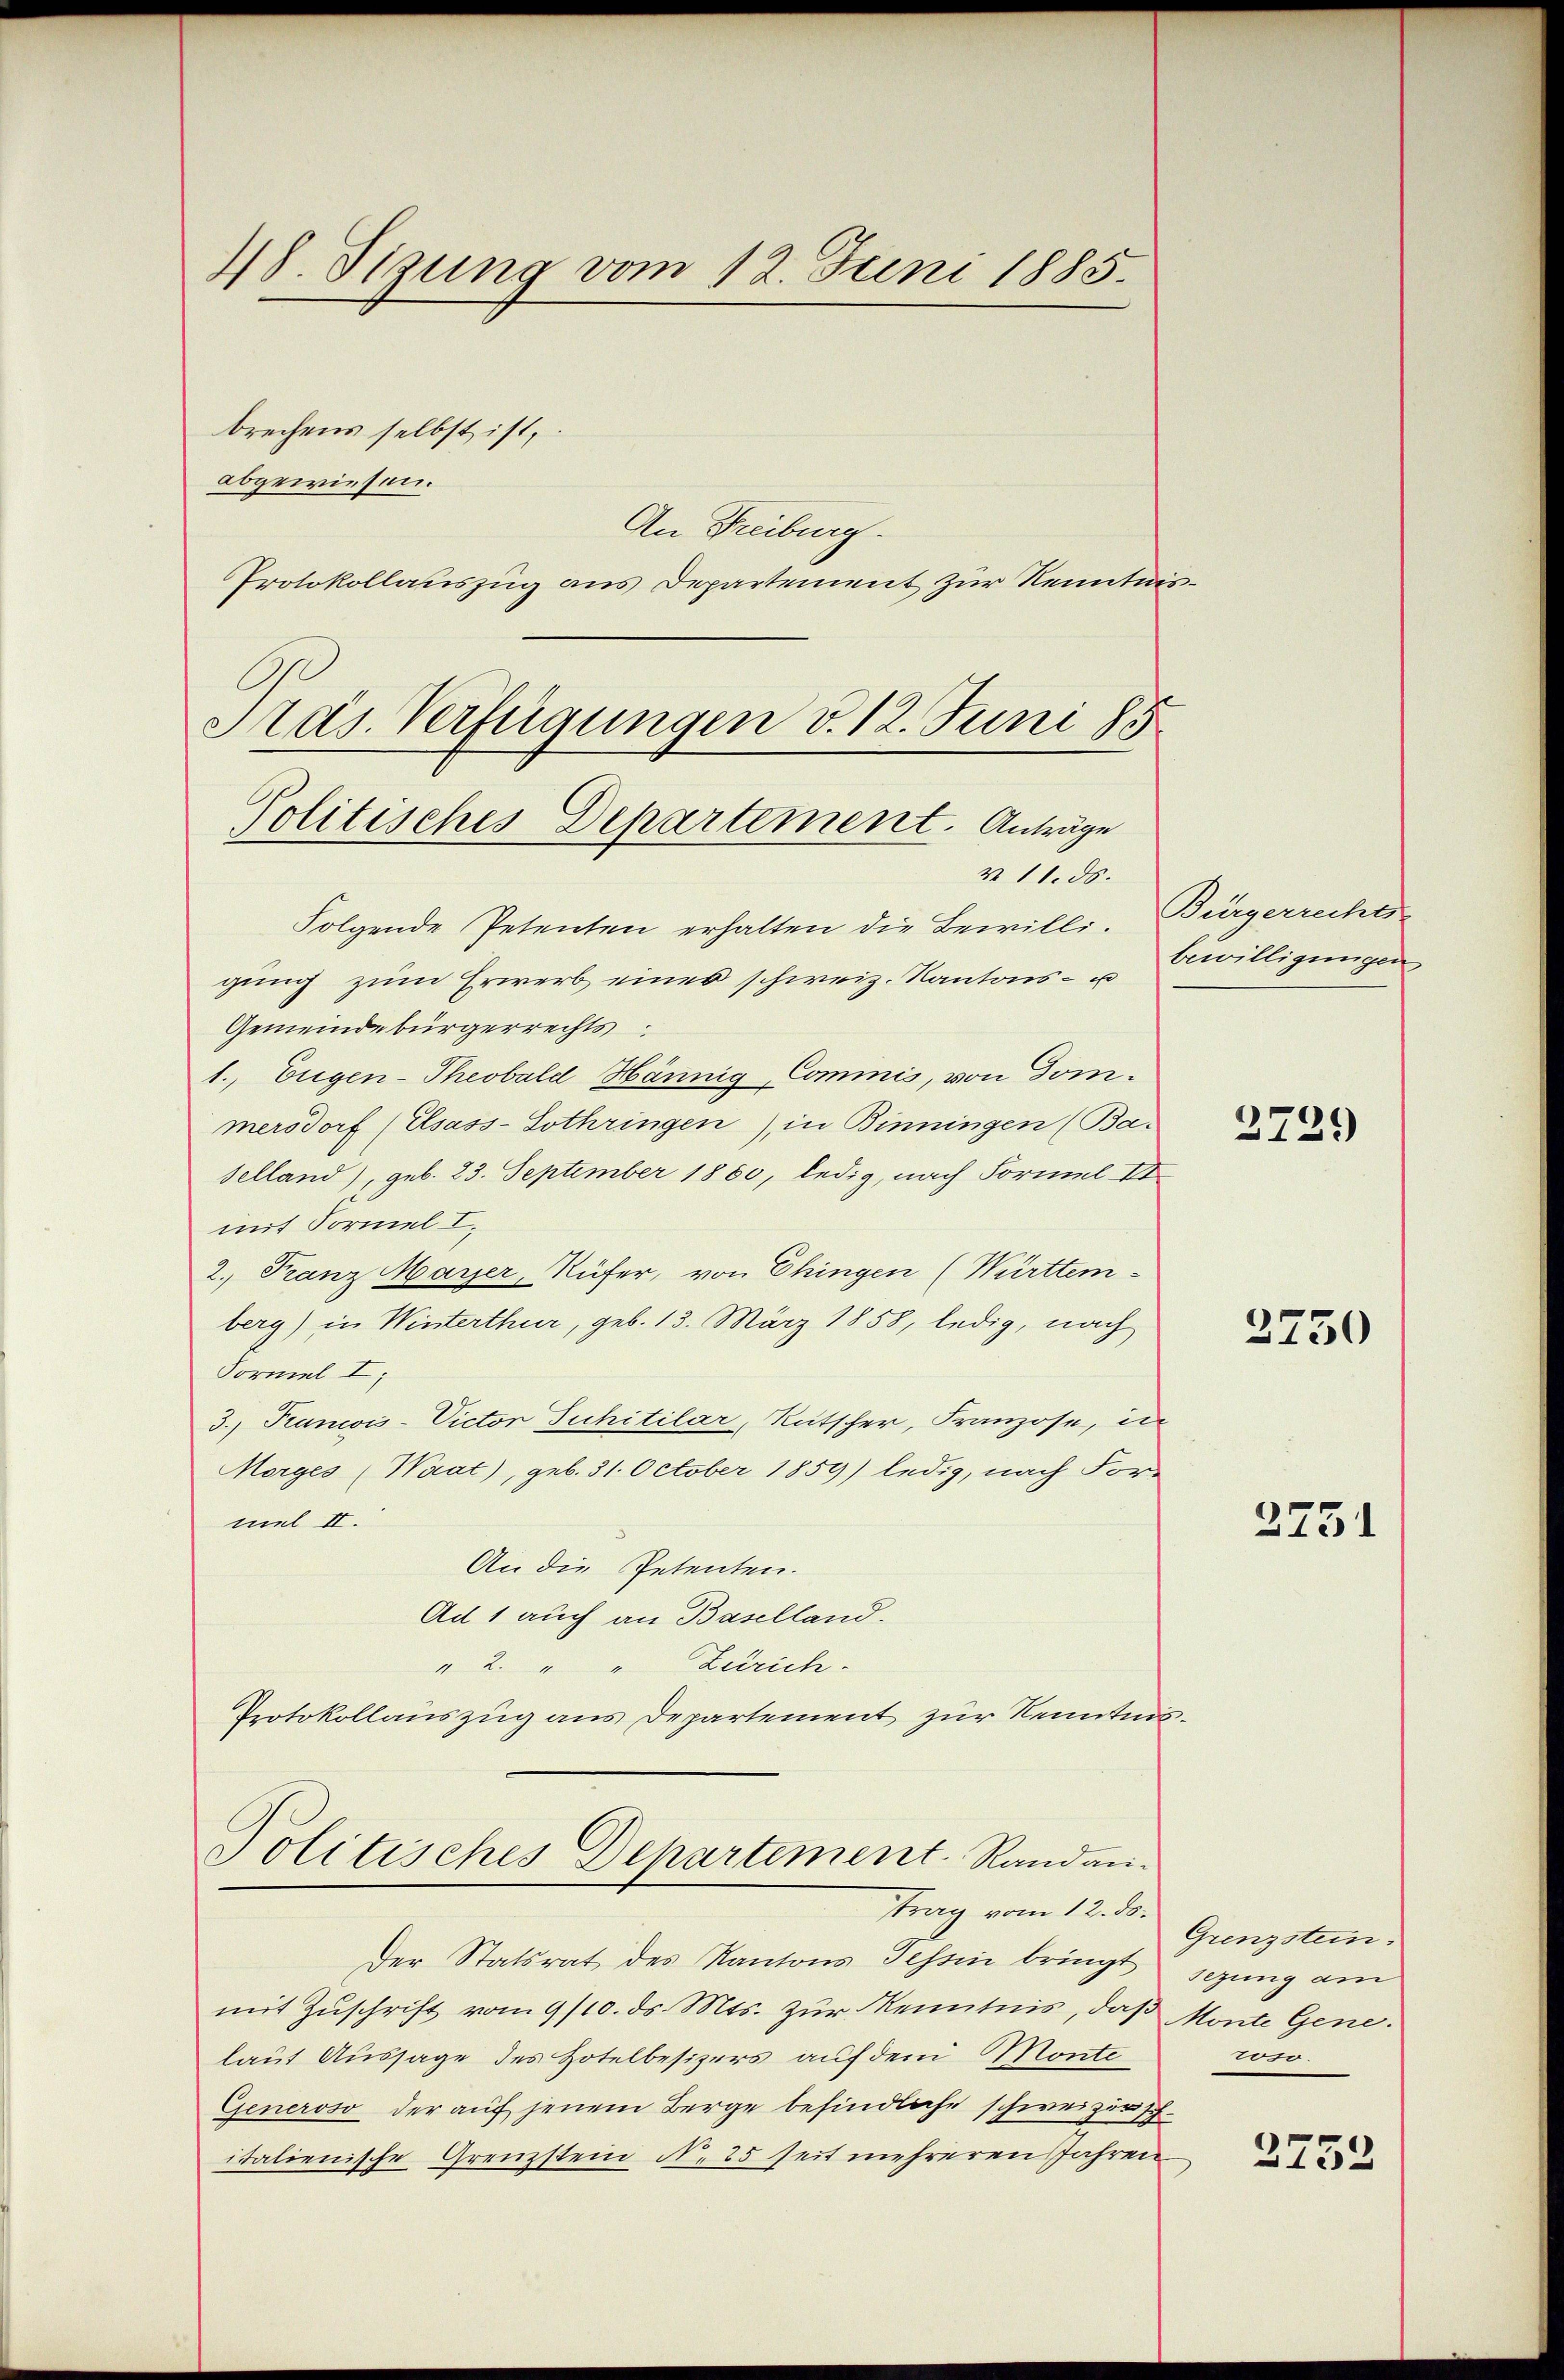
48. Sizung vom 12. Juni 1885.

brechens selbst ist,
abgewiesen.
An Freiburg.
Protokollauszug aus Departement zur Kenntnis¬
Ptas. Verfügungen v. 12. Juni 185

Politisches Departement. Anträge

N 11. ds.
Folgende Petenten erhalten die Bewilli, Bürgerrechtsgung zum Erwerb eines schweiz. Kantons- u Bewilligungen
Gemeindebürgerrechts
1., Eugen-Theobald Hännig Commis, von Dom-
mersdorf (Elsass-Lothringen), in Binningen (Ba-
selland), geb. 23. September 1880, ledig, nach Formel 11
mit Formel I.
2. Franz Mayer, Rüfer, von Chingen (Württem-
berg) in Winterthur, geb. 13. März 1858, ledig, nach
Formel I
3.) Francois-Victor Juchitilar, Rutscher, Franzose, in
Morges (Waat), geb. 31. October 1859) ledig, nach For-
mel II.
An die Petenten.
Ad 1 auch an Baselland.
Zürich.
Be
Protokollauszug aus Departement zur Kenntnis

Politisches Departement Randan-
trag vom 12. ds.

Der Statsrat des Kantons Tessin bringt
mit Zuschrift vom 9/10. ds. Mts. zur Kenntnis, daß Monte Genelaut Aussage des Hotelbesizers auf dem Monte
Generoso der auf jenem Berge befindliche schweizer sch
italienische Grenzstein N. 25 seit mehreren Jahren

2739

2750

2751

Grenzstein.
sezung am
200.

2752